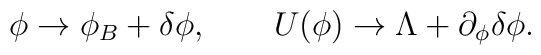
\phi \to \phi_B + \delta\phi, \qquad U(\phi) \to \Lambda +\partial_\phi \delta\phi.